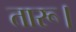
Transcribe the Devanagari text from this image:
तारू।